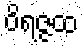
ဝိရဇ္ဇထ